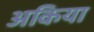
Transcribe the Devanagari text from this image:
अकिया